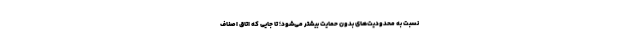
نسبت به محدودیت‌های بدون حمایت بیشتر می‌شود؛ تا جایی که اتاق اصناف